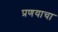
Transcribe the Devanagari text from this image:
प्रणयाचा